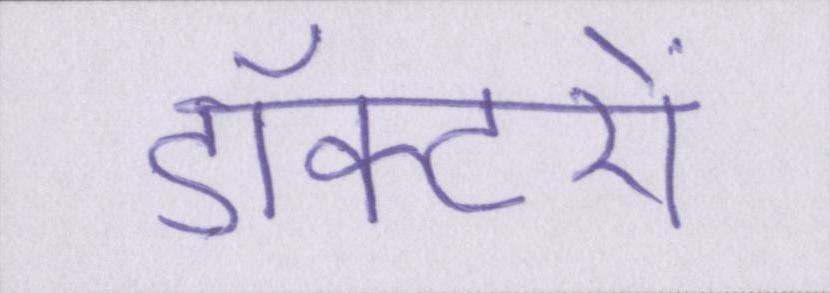
डॉक्टरों